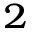
^ 2